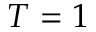
T = 1